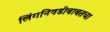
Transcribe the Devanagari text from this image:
लिंगनिवडीबाबतचा